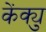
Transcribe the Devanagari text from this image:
केंक्यु